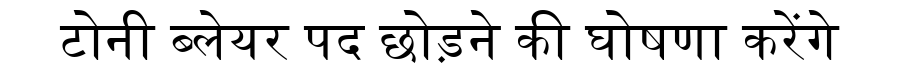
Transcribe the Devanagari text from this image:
टोनी ब्लेयर पद छोड़ने की घोषणा करेंगे